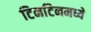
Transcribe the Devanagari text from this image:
टिनटिनमध्ये